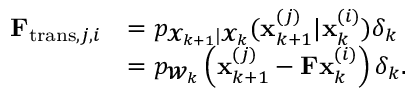
\begin{array} { r l } { \mathbf F _ { \mathrm { t r a n s } , j , i } } & { = p _ { \mathbfcal { X } _ { k + 1 } | \mathbfcal { X } _ { k } } ( \mathbf x _ { k + 1 } ^ { ( j ) } | \mathbf x _ { k } ^ { ( i ) } ) \delta _ { k } } \\ & { = p _ { \mathbfcal { W } _ { k } } \left( \mathbf x _ { k + 1 } ^ { ( j ) } - \mathbf F \mathbf x _ { k } ^ { ( i ) } \right) \delta _ { k } . } \end{array}